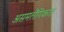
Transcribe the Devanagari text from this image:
असमलैंगिकता